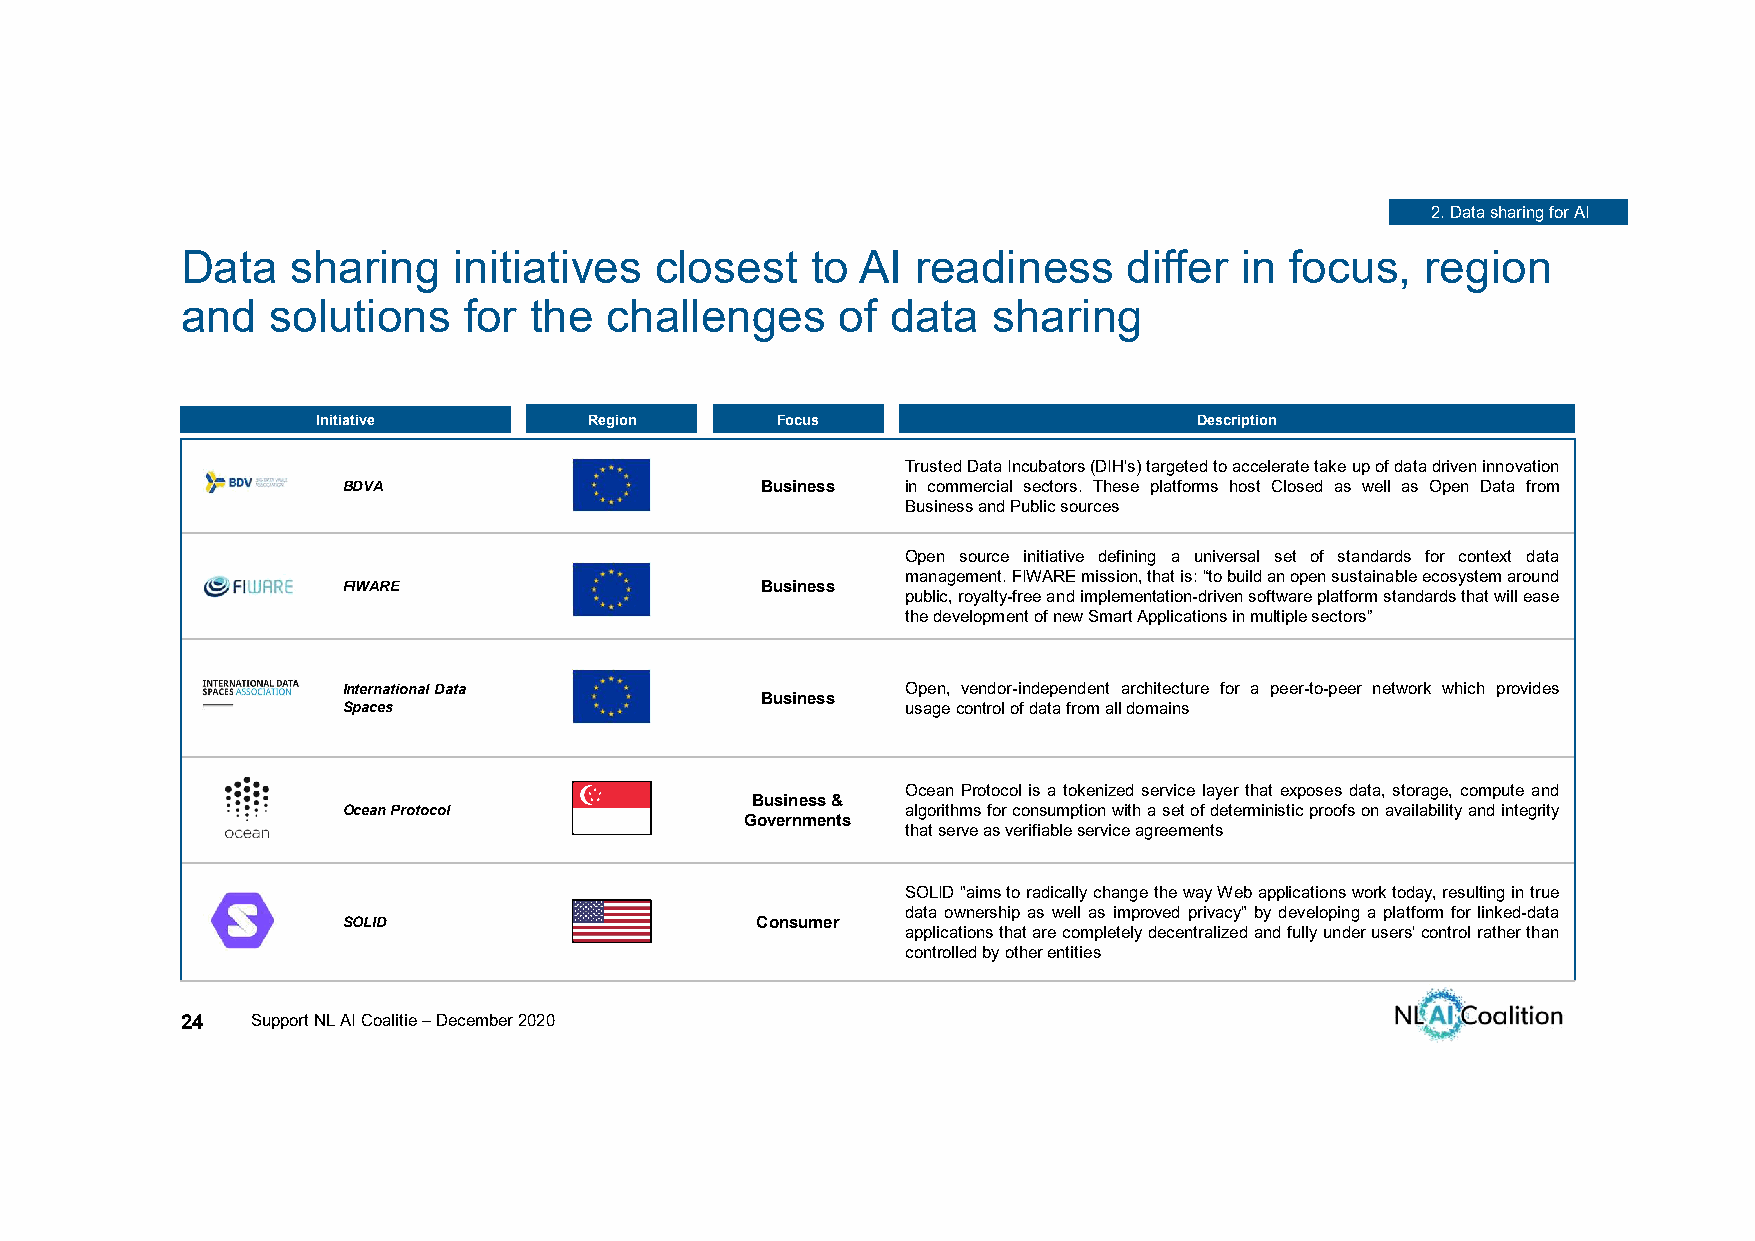
2. Data sharing for AI
 Data   sharing    initiatives  closest    to AI  readiness     differ in focus,   region
 and   solutions    for the  challenges      of data   sharing
 Initiative        Region      Focus                       Description
 TrustedDataIncubators(DIH's)targetedtoacceleratetakeupofdatadriveninnovation
 BDVA                       Business  in commercial sectors. These platforms host Closed as well as Open Data from
 BusinessandPublicsources
 Open source initiative defining a universal set of standards for context data
 management.FIWAREmission,thatis:“tobuildanopensustainableecosystemaround
 FIWARE                     Business
 public,royalty-freeandimplementation-drivensoftwareplatformstandardsthatwillease
 thedevelopmentofnewSmartApplicationsinmultiplesectors”
 International Data                   Open, vendor-independent architecture for a peer-to-peer network which provides
 Business
 Spaces                               usagecontrolofdatafromalldomains
 Ocean Protocol is a tokenized service layer that exposes data, storage, compute and
 Business &
 Ocean Protocol                       algorithmsforconsumptionwithasetofdeterministicproofsonavailabilityandintegrity
 Governments
 thatserveasverifiableserviceagreements
 SOLID"aimstoradicallychangethewayWebapplicationsworktoday,resultingintrue
 data ownership as well as improved privacy" by developing a platform for linked-data
 SOLID                      Consumer
 applicationsthatarecompletelydecentralizedandfullyunderusers'controlratherthan
 controlledbyotherentities
 24   Support NL AI Coalitie –December 2020